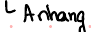
Anhang